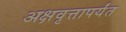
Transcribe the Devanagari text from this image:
अक्षवृत्तापर्यंत